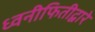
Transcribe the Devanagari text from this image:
ध्वनीफितीद्वारे